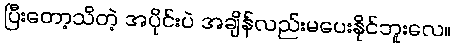
ပြီးတော့သိတဲ့ အပိုင်းပဲ အချိန်လည်းမပေးနိုင်ဘူးလေ။